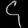
Digit: ၄